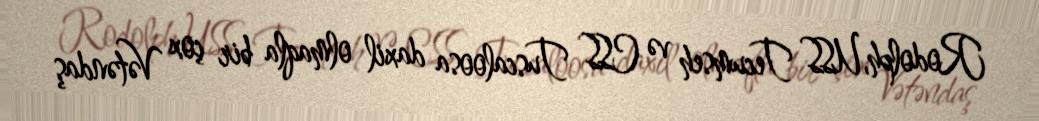
Rodolph, USS Tecumseh və CSS Tuscaloosa daxil olmaqla bir çox Vətəndaş